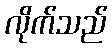
လိုက်သည်